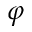
\varphi